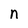
Character: n